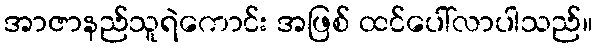
အာဇာနည်သူရဲကောင်း အဖြစ် ထင်ပေါ်လာပါသည်။